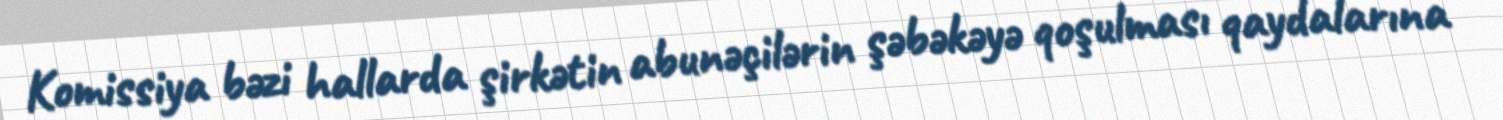
Komissiya bəzi hallarda şirkətin abunəçilərin şəbəkəyə qoşulması qaydalarına